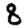
Digit: 8